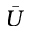
\Bar { U }